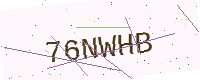
Text: 76NWHB